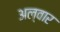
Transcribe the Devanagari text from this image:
अल्वार